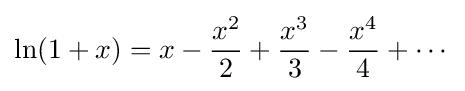
\ln(1+x)=x-{\frac {x^{2}}{2}}+{\frac {x^{3}}{3}}-{\frac {x^{4}}{4}}+\cdots